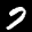
Label: 7